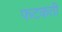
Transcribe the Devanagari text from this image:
फटकती